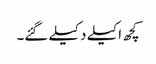
کچھ اکیلے دکیلے گئے۔